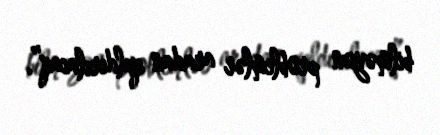
bilməyən problemlər aradan qaldırılacaq”.